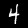
Digit: 4